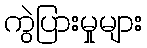
ကွဲပြားမှုများ